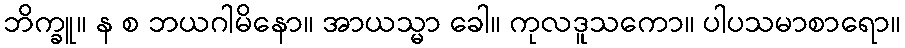
ဘိက္ခူ။ န စ ဘယဂါမိနော။ အာယသ္မာ ခေါ။ ကုလဒူသကော။ ပါပသမာစာရော။